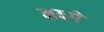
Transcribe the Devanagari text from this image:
मदगे